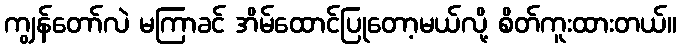
ကျွန်တော်လဲ မကြာခင် အိမ်ထောင်ပြုတော့မယ်လို့ စိတ်ကူးထားတယ်။